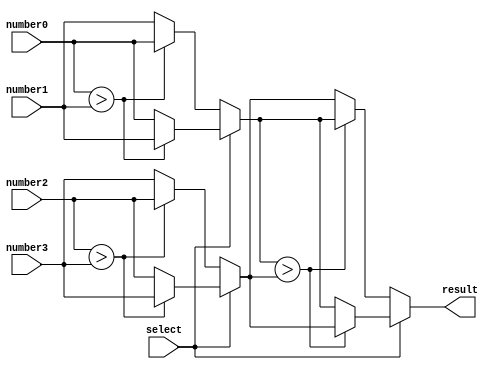
module MMS_4num(result, select, number0, number1, number2, number3);

input        select;
input  [7:0] number0;
input  [7:0] number1;
input  [7:0] number2;
input  [7:0] number3;
output reg [7:0] result; 

reg [7:0] compare_1, compare_2;

always @(select, number0, number1, number2, number3) begin
	if (select == 0) begin // find the maximum
		compare_1 = (number0 > number1) ? number0 : number1;
		compare_2 = (number2 > number3) ? number2 : number3;
	end
	else begin // find the minimum
		compare_1 = (number0 > number1) ? number1 : number0;
		compare_2 = (number2 > number3) ? number3 : number2;
	end
end

always @(compare_1, compare_2) begin
	if (select == 0) begin // find the maximum
		result = (compare_1 > compare_2) ? compare_1 : compare_2;
	end
	else begin // find the minimum
		result = (compare_1 > compare_2) ? compare_2 : compare_1;
	end
end

endmodule